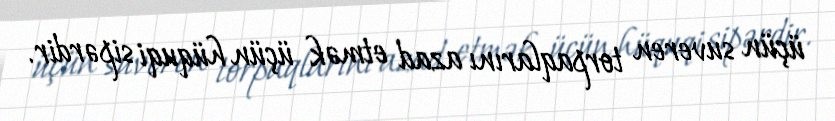
üçün suveren torpaqlarını azad etmək üçün hüquqi sipərdir.